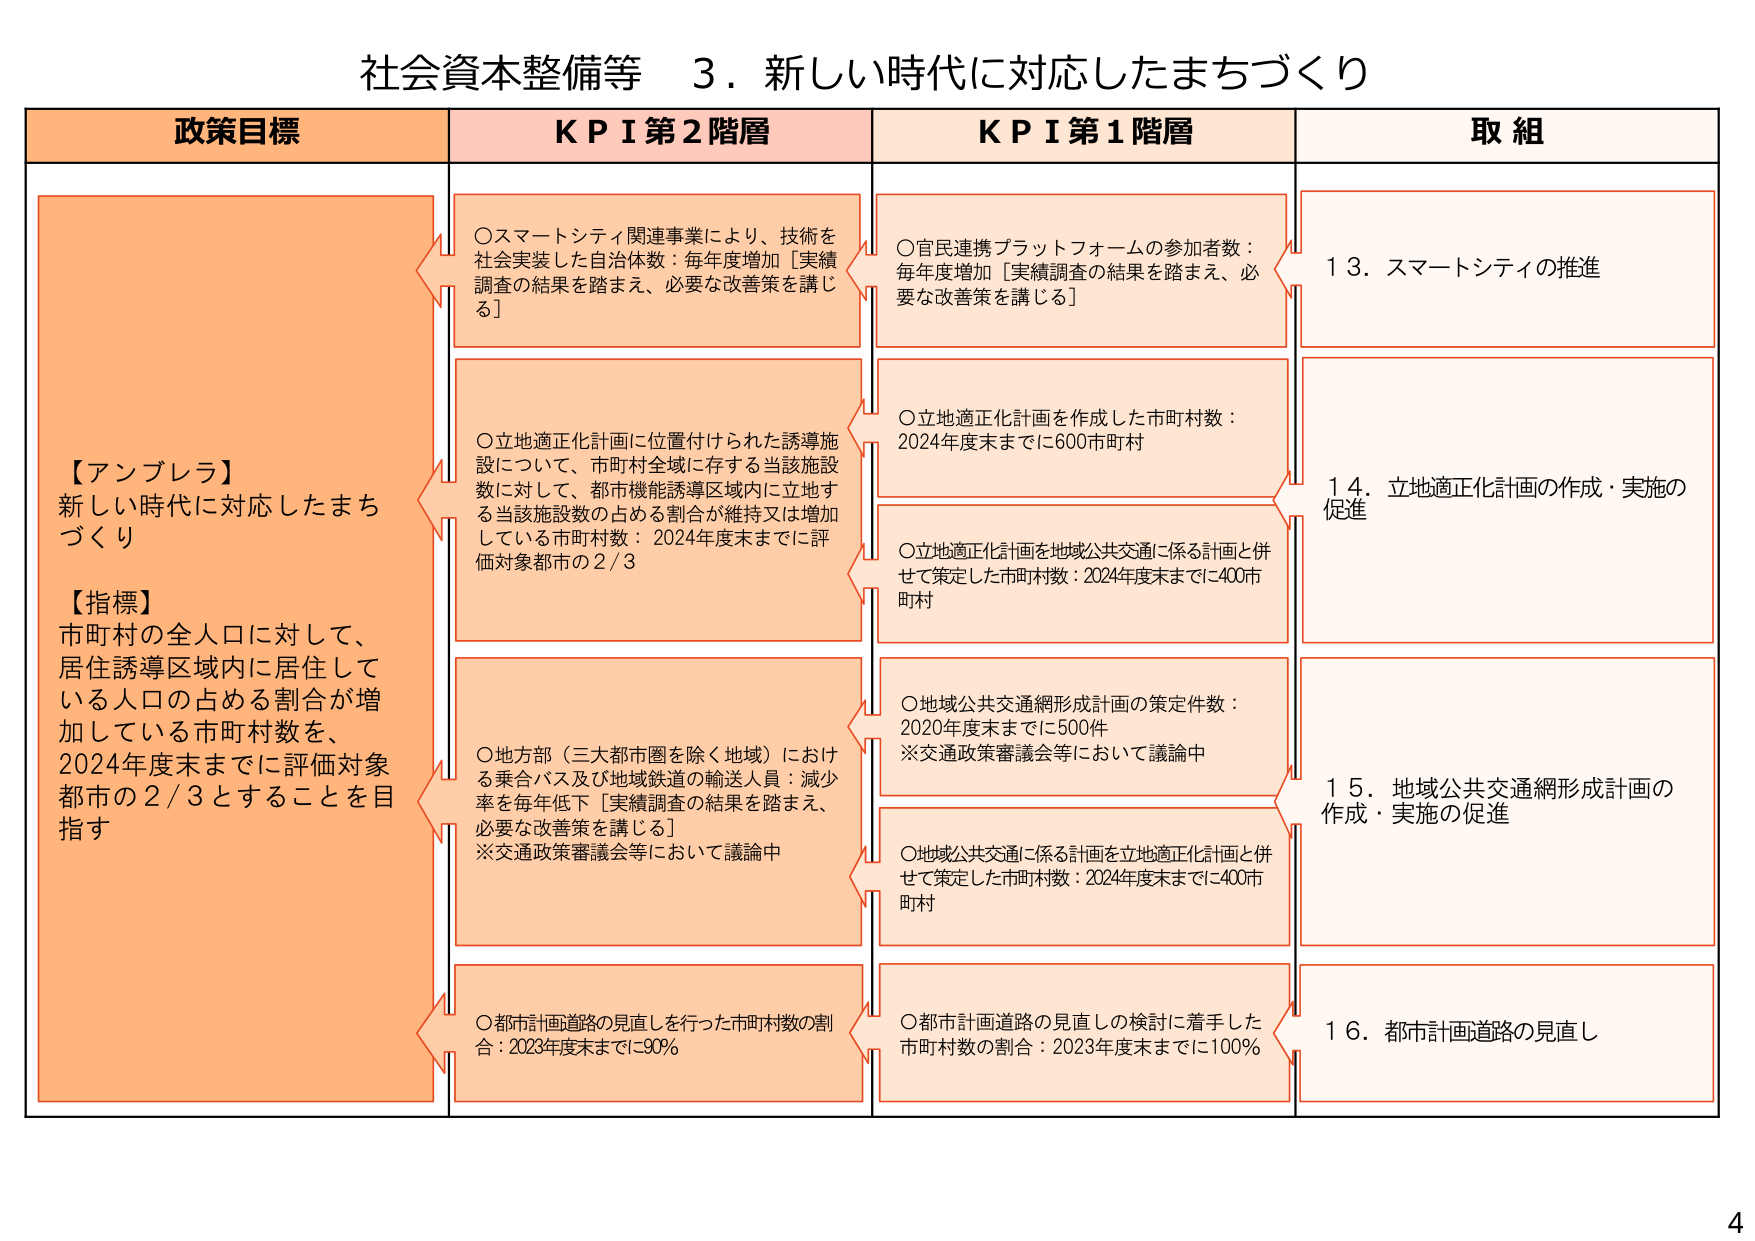
社会資本整備等　３．新しい時代に対応したまちづくり

政策目標　　　　　　　　　　ＫＰＩ第２階層　　　　　　　　　　ＫＰＩ第１階層　　　　　　　　　　取組

【アンブレラ】
新しい時代に対応したまちづくり

【指標】
市町村の全人口に対して、
居住誘導区域内に居住して
いる人口の占める割合が増
加している市町村数を、
2024年度末までに評価対象
都市の２／３とすることを目指す

○スマートシティ関連事業により、技術を
社会実装した自治体数：毎年度増加［実績
調査の結果を踏まえ、必要な改善策を講じ
る］

○立地適正化計画に位置付けられた誘導施
設について、市町村全域に存する当該施設
数に対して、都市機能誘導区域内に立地す
る当該施設数の占める割合が維持又は増加
している市町村数：2024年度末までに評
価対象都市の２／３

○地方部（三大都市圏を除く地域）におけ
る乗合バス及び地域鉄道の輸送人員：減少
率を毎年低下［実績調査の結果を踏まえ、
必要な改善策を講じる］
※交通政策審議会等において議論中

○都市計画道路の見直しを行った市町村数の割
合：2023年度末までに90％

○官民連携プラットフォームの参加者数：
毎年度増加［実績調査の結果を踏まえ、必
要な改善策を講じる］

○立地適正化計画を作成した市町村数：
2024年度末までに600市町村

○立地適正化計画を地域公共交通に係る計画と併
せて策定した市町村数：2024年度末までに400市
町村

○地域公共交通網形成計画の策定件数：
2020年度末までに500件
※交通政策審議会等において議論中

○地域公共交通に係る計画を立地適正化計画と併
せて策定した市町村数：2024年度末までに400市
町村

○都市計画道路の見直しの検討に着手した
市町村数の割合：2023年度末までに100％

１３．スマートシティの推進

１４．立地適正化計画の作成・実施の
促進

１５．地域公共交通網形成計画の
作成・実施の促進

１６．都市計画道路の見直し

4